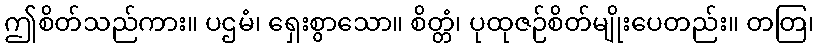
ဤစိတ်သည်ကား။ ပဌမံ၊ ရှေးစွာသော။ စိတ္တံ၊ ပုထုဇဉ်စိတ်မျိုးပေတည်း။ တတြ၊